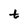
Character: t